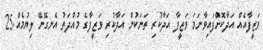
ވަޒީފާއެއް އަދާކޮށްފައިވާނަމަ ވަޒީފާ އަދާކުރި ތަނަކުން އަދާކުރި ވަޒީފާގެ މުއްދަތު އެނގޭނޭ ލިޔުމެއް.25